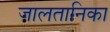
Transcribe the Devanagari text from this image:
जालतानिका